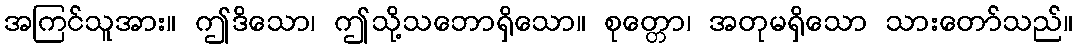
အကြင်သူအား။ ဤဒိသော၊ ဤသို့သဘောရှိသော။ စုတ္တော၊ အတုမရှိသော သားတော်သည်။